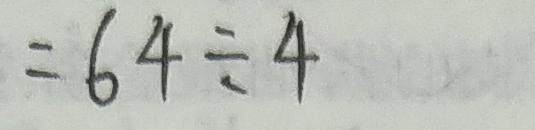
= 6 4 \div 4